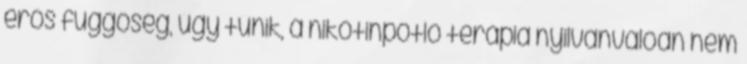
erős függőség, úgy tűnik, a nikotinpótló terápia nyilvánvalóan nem